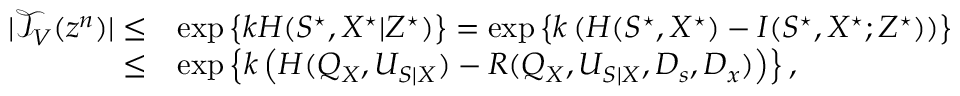
\begin{array} { r l } { | \mathcal { T } _ { V } ( z ^ { n } ) | \leq } & { \exp \left\{ k H ( S ^ { \star } , X ^ { \star } | Z ^ { \star } ) \right\} = \exp \left\{ k \left( H ( S ^ { \star } , X ^ { \star } ) - I ( S ^ { \star } , X ^ { \star } ; Z ^ { \star } ) \right) \right\} } \\ { \leq } & { \exp \left\{ k \left( H ( Q _ { X } , U _ { S | X } ) - R ( Q _ { X } , U _ { S | X } , D _ { s } , D _ { x } ) \right) \right\} , } \end{array}